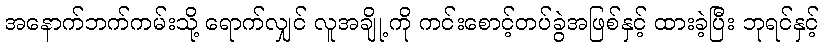
အနောက်ဘက်ကမ်းသို့ ရောက်လျှင် လူအချို့ ကို ကင်းစောင့်တပ်ခွဲအဖြစ်နှင့် ထားခဲ့ပြီး ဘုရင်နှင့်